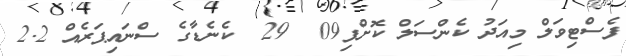
ފެސްޓިވަލް މިއަދު ކެންސަލް ކޮށްފި09  29  ކެނެޑާގެ ސްނައިޕަރެއް 2.2